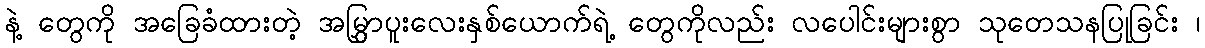
နဲ့ တွေကို အခြေခံထားတဲ့ အမြွှာပူးလေးနှစ်ယောက်ရဲ့ တွေကိုလည်း လပေါင်းများစွာ သုတေသနပြုခြင်း ၊